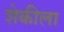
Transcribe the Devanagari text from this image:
शेकीला